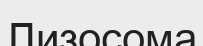
Лизосома